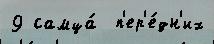
9 самца́  п'ер'е́дн'их